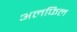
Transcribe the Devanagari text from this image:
अलफिल